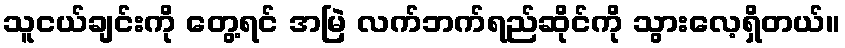
သူငယ်ချင်းကို တွေ့ရင် အမြဲ လက်ဘက်ရည်ဆိုင်ကို သွားလေ့ရှိတယ်။